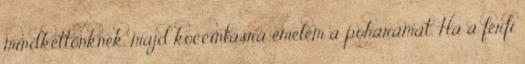
mindkettőnknek, majd koccintásra emelem a poharamat. Ha a férfi